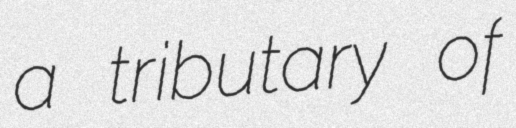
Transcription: a tributary of